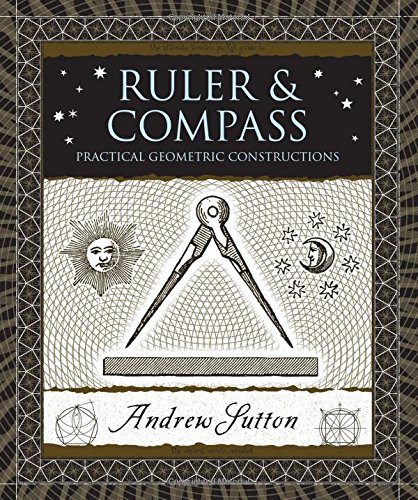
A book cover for Ruler and Compass: Practical Geometric Constructions (Wooden Books); Andrew Sutton; Science & Math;